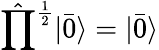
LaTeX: \hat{\prod}^{\frac{1}{2}}|\bar{0}\rangle=|\bar{0}\rangle